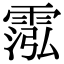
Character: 霐